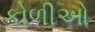
કોળીઓ